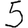
Digit: 5